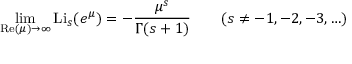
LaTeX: \operatorname* { l i m } _ { \operatorname { R e } ( \mu ) \to \infty } \operatorname { L i } _ { s } ( e ^ { \mu } ) = - { \frac { \mu ^ { s } } { \Gamma ( s + 1 ) } } \qquad ( s \neq - 1 , - 2 , - 3 , \ldots )